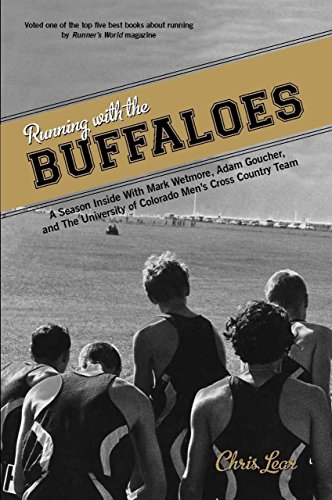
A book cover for Running with the Buffaloes: A Season Inside With Mark Wetmore, Adam Goucher, And The University Of Colorado Men's Cross Country Team; Chris Lear; Health, Fitness & Dieting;